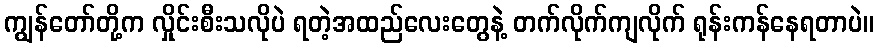
ကျွန်တော်တို့က လှိုင်းစီးသလိုပဲ ရတဲ့အထည်လေးတွေနဲ့ တက်လိုက်ကျလိုက် ရုန်းကန်နေရတာပဲ။